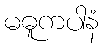
မဓူကပါနံ